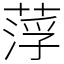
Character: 𦷰